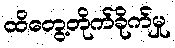
ထိတွေ့တိုက်ခိုက်မှု